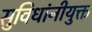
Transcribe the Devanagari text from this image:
सुविधांनीयुक्त